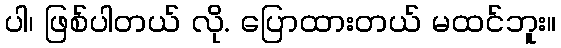
ပါ၊ ဖြစ်ပါတယ် လို. ပြောထားတယ် မထင်ဘူး။